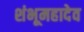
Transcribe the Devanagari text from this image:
शंभूमहादेव